Report of the Municipal Commissioner on the plague in Bombay for the year ending 31st May... - Volume 1
Disease focus: Plague
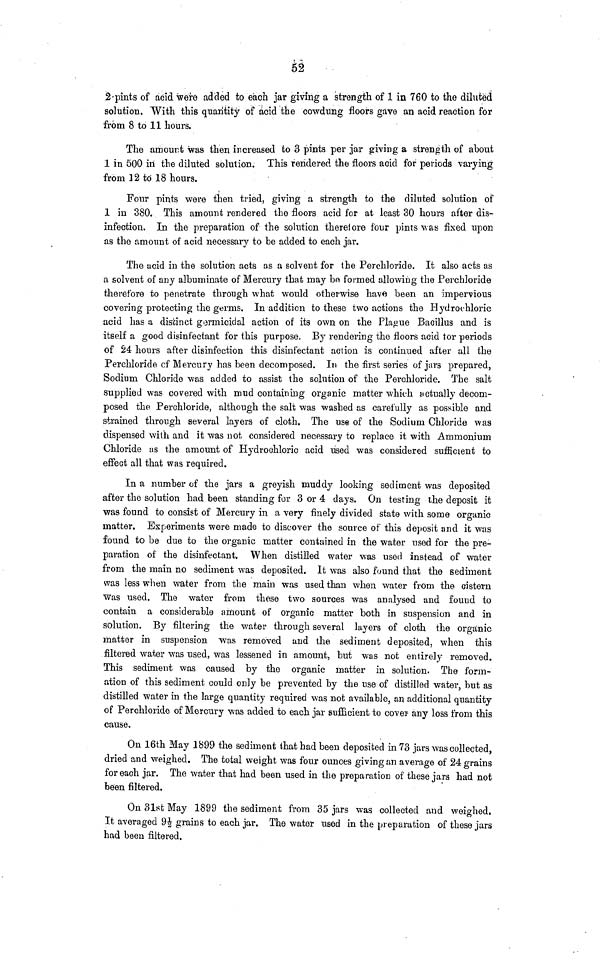
52
2-pints of acid were added to each jar giving a strength of 1 in 760 to the diluted
solution. "With this quantity of acid the cowdung floors gave an acid reaction for
from 8 to 11 hours.
The amourt was then increased to 3 pints per jar giving a strength of about
1 in 500 in the diluted solution. This rendered the floors acid for periods varying
from 12 to 18 hours.
Four pints were then tried, giving a strength to the diluted solution of
1 in 380. This amount rendered the floors acid for at least 30 hours after dis-
infection. In the preparation of the solution therefore four pints was fixed upon
as the amount of acid necessary to be added to each jar.
The acid in the solution acts as a solvent for the Perchloride. It also acts as
a solvent of any albuminate of Mercury that may be formed allowing the Perchloride
therefore to penetrate through what would otherwise have been an impervious
covering protecting the germs. In addition to these two actions the Hydrochloric
acid has a distinct germicidal action of its own on the Plague Bacillus and is
itself a good disinfectant for this purpose. By rendering the floors acid tor periods
of 24 hours after disinfection this disinfectant action is continued after all the
Perchloride cf Mercury has been decomposed. In the first series of jars prepared,
Sodium Chloride was added to assist the solution of the Perchloride. The salt
supplied was covered with mud containing organic matter which actually decom-
posed the Perchloride, although the salt was washed as carefully as possible and
strained through several layers of cloth. The use of the Sodium Chloride was
dispensed with and it was not considered necessary to replace it with Ammonium
Chloride as the amount of Hydrochloric acid used was considered sufficient to
effect all that was required.
In a number of the jars a greyish muddy looking sediment was deposited
after the solution had been standing for 3 or 4 days. On testing the deposit it
was found to consist of Mercury in a very finely divided state with some organic
matter. Experiments were made to discover the source of this deposit and it was
found to be due to the organic matter contained in the water used for the pre-
paration of the disinfectant. When distilled water was used instead of water
from the main no sediment was deposited. It was also found that the sediment
was less when water from the main was used than when water from the cistern
was used. The water from these two sources was analysed and found to
contain a considerable amount of organic matter both in suspension and in
solution. By filtering the water through several layers of cloth the organic
matter in suspension was removed and the sediment deposited, when this
filtered water was used, was lessened in amount, but was not entirely removed.
This sediment was caused by the organic matter in solution. The form-
ation of this sediment could only be prevented by the use of distilled water, but as
distilled water in the large quantity required was not available, an additional quantity
of Perchloride of Mercury was added to each jar sufficient to cover any loss from this
cause.
On 16th May 1899 the sediment that had been deposited in 73 jars was collected,
dried and weighed. The total weight was four ounces giving an average of 24 grains
for each jar. The water that had been used in the preparation of these jars had not
been filtered.
On 31st May 1899 the sediment from 35 jars was collected and weighed.
It averaged 91/2 grains to each jar. The water used in the preparation of these jars
had been filtered.